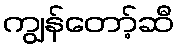
ကျွန်တော့်ဆီ